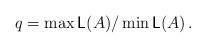
LaTeX: \begin{align*} q = \max \mathsf L (A)/\min \mathsf L (A) \,. \end{align*}